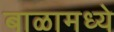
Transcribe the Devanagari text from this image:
बाळामध्ये